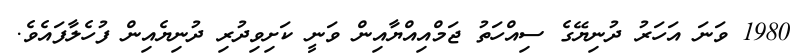
1980 ވަނަ އަހަރު ދުނިޔޭގެ ސިއްހަތު ޖަމްއިއްޔާއިން ވަނީ ކަށިވިދުރި ދުނިޔެއިން ފުހެލާފައެވެ.